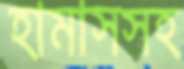
হামাসসহ